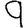
Digit: 9